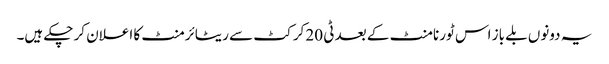
یہ دونوں بلے باز اس ٹورنامنٹ کے بعد ٹی 20 کرکٹ سے ریٹائرمنٹ کا اعلان کر چکے ہیں۔